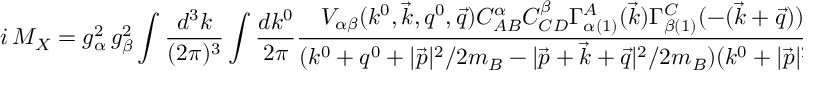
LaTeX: i \, { \cal M } _ { X } = g _ { \alpha } ^ { 2 } \, g _ { \beta } ^ { 2 } \int { \frac { d ^ { 3 } k } { ( 2 \pi ) ^ { 3 } } } \int { \frac { d k ^ { 0 } } { 2 \pi } } { \frac { V _ { \alpha \beta } ( k ^ { 0 } , \vec { k } , q ^ { 0 } , \vec { q } ) C _ { A B } ^ { \alpha } C _ { C D } ^ { \beta } \Gamma _ { \alpha ( 1 ) } ^ { A } ( \vec { k } ) \Gamma _ { \beta ( 1 ) } ^ { C } ( - ( \vec { k } + \vec { q } ) ) \Gamma _ { \beta ( 2 ) } ^ { D } ( \vec { k } + \vec { q } ) \Gamma _ { \alpha ( 2 ) } ^ { B } ( - \vec { k } ) } { ( k ^ { 0 } + q ^ { 0 } + { | \vec { p } | ^ { 2 } / 2 m _ { B } } - { | \vec { p } + \vec { k } + \vec { q } | ^ { 2 } / 2 m _ { B } } ) ( k ^ { 0 } + { | \vec { p } | ^ { 2 } / 2 m _ { B } } - { | \vec { p } - \vec { k } | ^ { 2 } / 2 m _ { B } } ) } } \, .